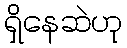
ရှိနေဆဲဟု